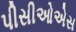
પીસીઓએસ